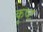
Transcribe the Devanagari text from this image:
कृष्ट